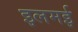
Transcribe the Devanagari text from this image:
इलमई